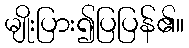
မျိုးပြား၍ပြပြန်၏။